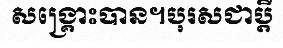
សង្គ្រោះបាន។បុរសជាប្តី